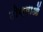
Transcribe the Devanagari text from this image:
दीक्षाओं